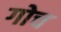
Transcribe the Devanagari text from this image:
गोच